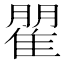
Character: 𮥾